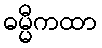
ဓမ္မီကထာ